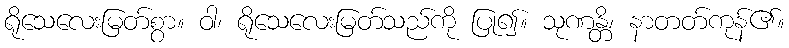
ရိုသေလေးမြတ်စွာ။ ဝါ၊ ရိုသေလေးမြတ်သည်ကို ပြု၍။ သုဏန္တိ၊ နာတတ်ကုန်၏။